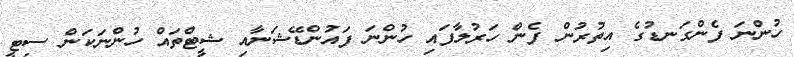
ހުންނަ ފެންގަނޑުގެ އިތުރުން ފެން ހަރުލާފައި ހުންނަ ފައުންޑޭޝަނާއި ޝީޓްތައް ހުންނަކަން ސިޓީ